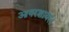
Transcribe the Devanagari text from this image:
आयरशायर।